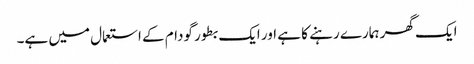
ایک گھر ہمارے رہنے کا ہے اور ایک بطور گودام کے استعمال میں ہے۔